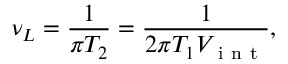
\nu _ { L } = \frac { 1 } { \pi T _ { 2 } } = \frac { 1 } { 2 \pi T _ { 1 } V _ { \mathrm { ~ i ~ n ~ t ~ } } } ,